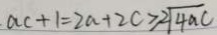
a c + 1 = 2 a + 2 c \geq 2 \sqrt { 4 a c }